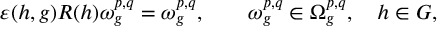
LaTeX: \varepsilon ( h , g ) R ( h ) \omega _ { g } ^ { p , q } = \omega _ { g } ^ { p , q } , \qquad \omega _ { g } ^ { p , q } \in \Omega _ { g } ^ { p , q } , \quad h \in G ,